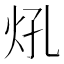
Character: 𤆺